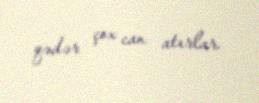
qədər çox can atırlar.